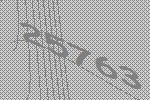
25763